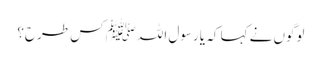
لوگوں نے کہا کہ یا رسول اللہﷺ کس طرح؟